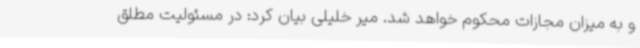
و به میزان مجازات محکوم خواهد شد. میر خلیلی بیان کرد: در مسئولیت مطلق